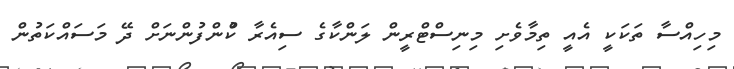
މިހިއްސާ ތަކަކީ އެއީ ތިމާވެށި މިނިސްޓްރީން ލަންކާގެ ސިއެރާ ކުްންފުންނަށް ދޭ މަސައްކަތުން